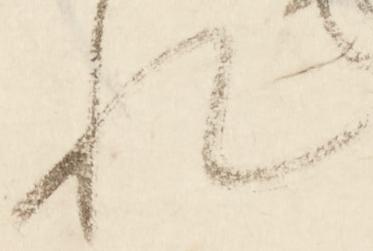
れ